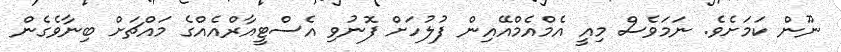
ނޫން ކަމަށެވެ. ނަމަވެސް މިއީ އެމްއެމްއޭއިން ފުލުހަށް ފޮނުވި އެސްޓީއާރްއެއްގެ މައްޗަށް ބިނާވެގެން